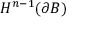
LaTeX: H ^ { n - 1 } ( \partial B )